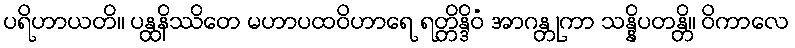
ပရိဟာယတိ။ ပန္ထနိဿိတေ မဟာပထဝိဟာရေ ရတ္တိန္ဒိဝံ အာဂန္တုကာ သန္နိပတန္တိ။ ဝိကာလေ